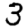
Digit: 3